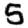
Digit: 5